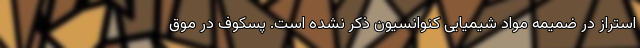
استراز در ضمیمه مواد شیمیایی کنوانسیون ذکر نشده است. پسکوف در موق